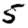
Digit: 5